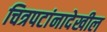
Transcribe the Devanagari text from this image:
चित्रपटांनादेखील